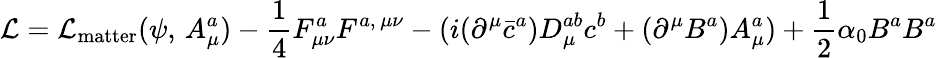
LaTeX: {\mathcal{L}}={\mathcal{L}}_{\textrm{matter}}(\psi,\, A_{\mu}^{a})-{\frac{1}{4}}F_{\mu\nu}^{a}F^{a,\, \mu\nu}-(i(\partial^{\mu}{\bar{c}}^{a})D_{\mu}^{ab}c^{b}+(\partial^{\mu}B^{a})A_{\mu}^{a})+{\frac{1}{2}}\alpha_{0}B^{a}B^{a}